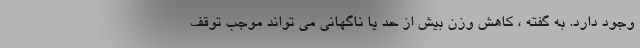
وجود دارد. به گفته ، کاهش وزن بیش از حد یا ناگهانی می تواند موجب توقف